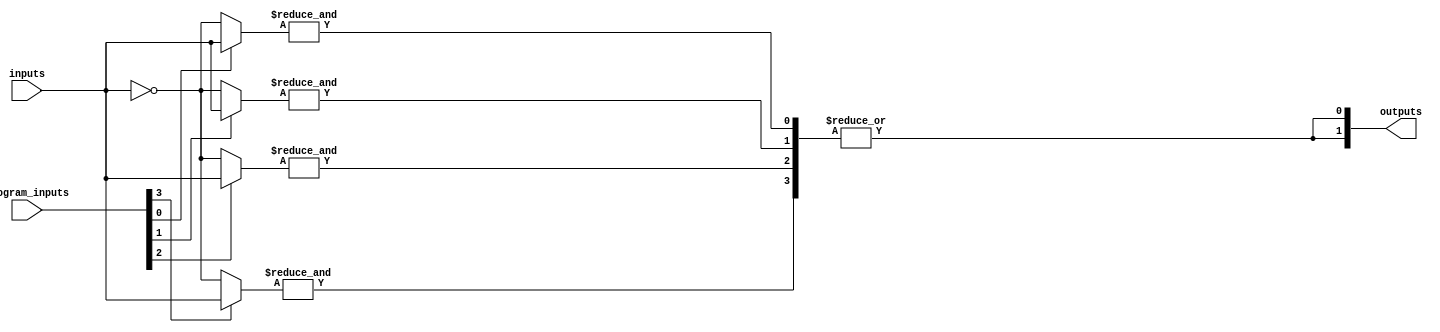
module SPAL #(
    parameter N = 4,  // Number of inputs
    parameter P = 4,  // Number of programmable AND gates (product terms)
    parameter M = 2   // Number of OR gates (outputs)
)(
    input wire [N-1:0] inputs,         // Input pins
    input wire [P-1:0] program_inputs, // Programming configuration for AND gates
    output wire [M-1:0] outputs         // Output pins
);

// Internal wires for product terms
wire [P-1:0] product_terms;

// Generate programmable AND gates
genvar i;
generate
    for (i = 0; i < P; i = i + 1) begin : and_array
        wire [N-1:0] and_inputs;
        // Connect inputs to AND gates based on programming configuration
        assign and_inputs = program_inputs[i] ? inputs : ~inputs; // Simple inversion logic
        assign product_terms[i] = &and_inputs; // AND operation for the product term
    end
endgenerate

// Fixed OR array to combine product terms
generate
    for (i = 0; i < M; i = i + 1) begin : or_array
        wire [P-1:0] or_inputs;
        // Connect product terms to OR gates (for simplicity, connect all product terms)
        assign or_inputs = product_terms; // Adjust as needed for specific connections
        assign outputs[i] = |or_inputs; // OR operation for the final output
    end
endgenerate

endmodule